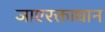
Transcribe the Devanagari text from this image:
जाएरक्ताधान